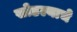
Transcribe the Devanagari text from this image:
सोडल्याचे